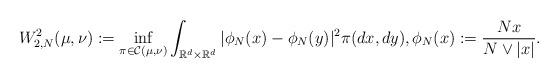
LaTeX: \begin{align*}W_{2,N}^2(\mu,\nu):= \inf_{\pi \in \mathcal C(\mu,\nu)} \int_{\mathbb R^d \times \mathbb R^d}|\phi_N(x) -\phi_N(y)|^2 \pi(dx,dy) ,\phi_N (x):= \frac{Nx}{N\vee |x|}.\end{align*}